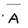
Character: A